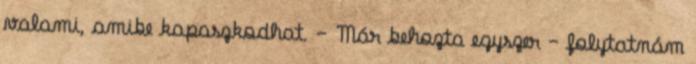
valami, amibe kapaszkodhat. – Már behozta egyszer – folytatnám